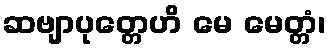
ဆဗျာပုတ္တေဟိ မေ မေတ္တံ၊